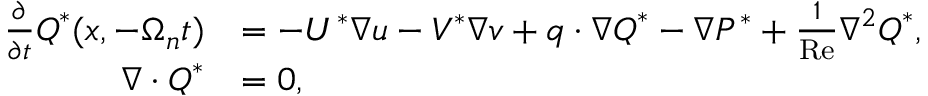
\begin{array} { r l } { \frac { \partial } { \partial t } \boldsymbol { Q } ^ { * } ( \boldsymbol { x } , - \Omega _ { n } t ) } & { = - U ^ { * } \nabla u - V ^ { * } \nabla v + \boldsymbol { q } \cdot \nabla \boldsymbol { Q } ^ { * } - \nabla P ^ { * } + \frac { 1 } { \mathrm { R e } } \nabla ^ { 2 } \boldsymbol { Q } ^ { * } , } \\ { \nabla \cdot \boldsymbol { Q } ^ { * } } & { = 0 , } \end{array}